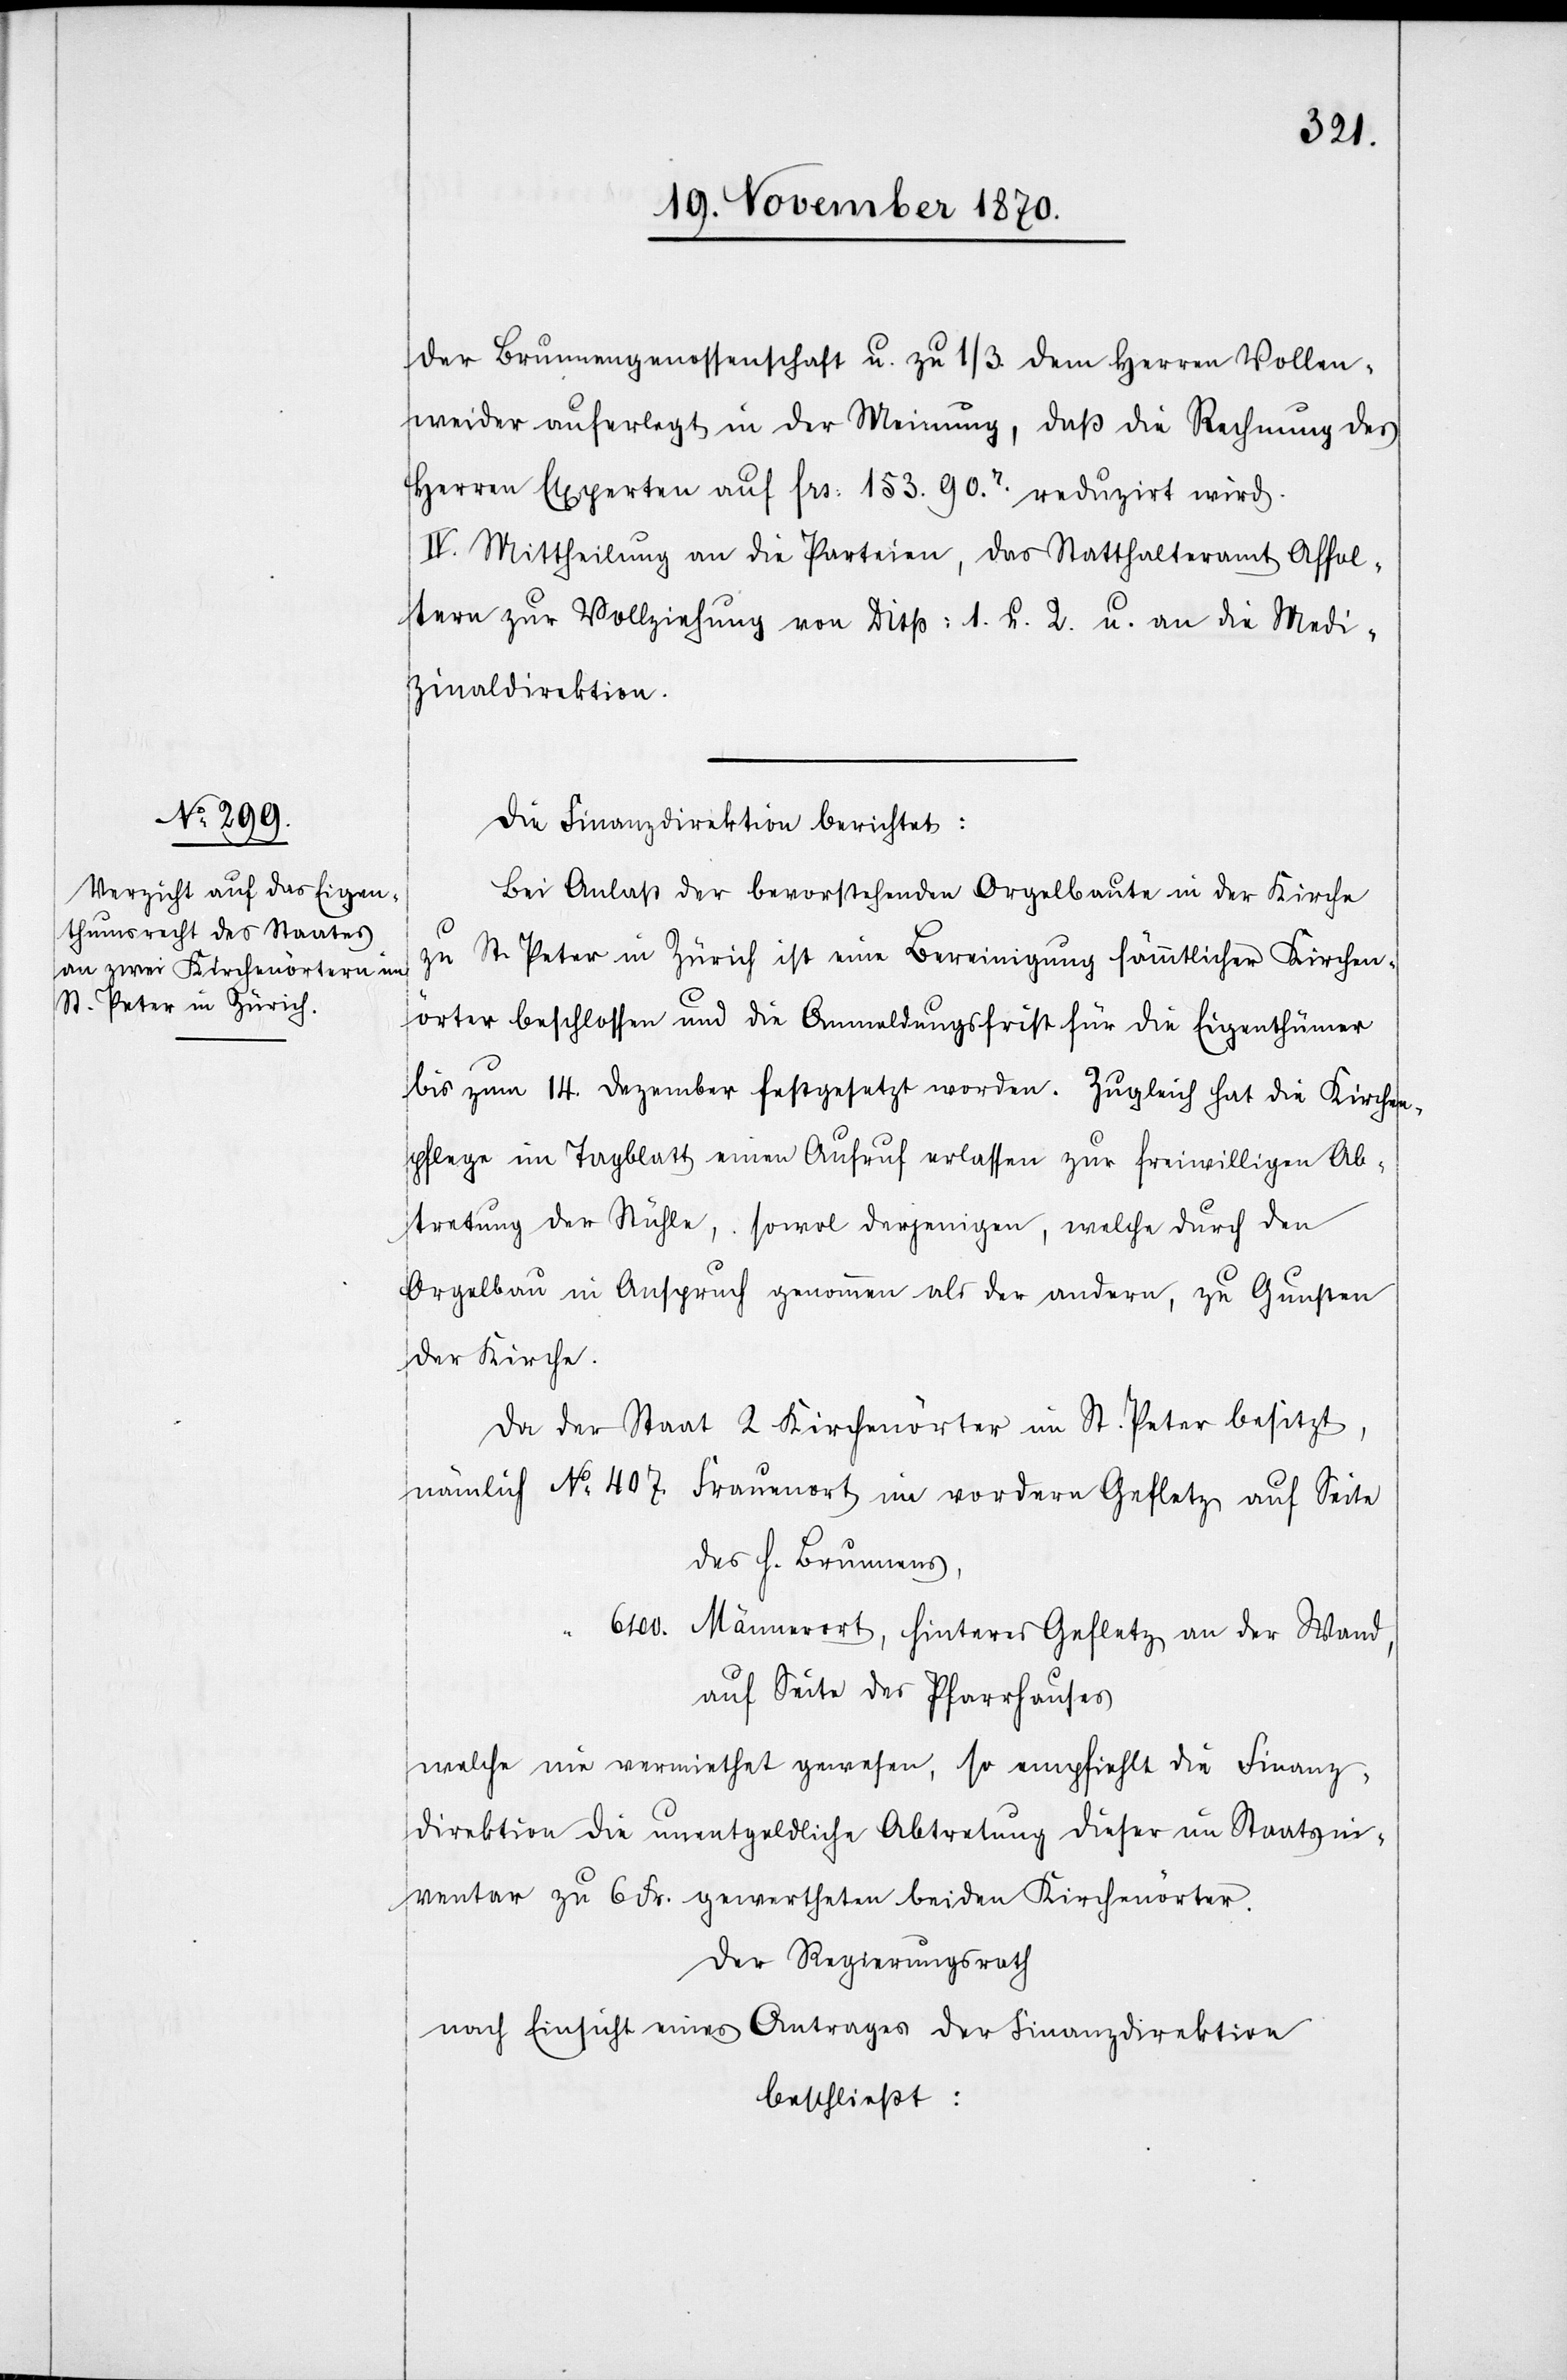
No 407.

der Brunnengenossenschaft u. zu 1/3. dem Herren Vollen¬
weider auferlegt in der Meinung, daß die Rechnung des
Herren Experten auf Frs: 153. 90R. reduzirt wird.
IV. Mittheilung an die Parteien, das Statthalteramt Affol¬
tern zur Vollziehung von Disp: 1. u. 2. u. an die Medi¬
zinaldirektion.
Die Finanzdirektion berichtet:
Bei Anlaß der bevorstehenden Orgelbaute in der Kirche
zu St. Peter in Zürich ist eine Bereinigung sämmtlicher Kirchen¬
örter beschlossen und die Anmeldungsfrist für die Eigenthümer
bis zum 14. Dezember festgesetzt worden. Zugleich hat die Kirchen¬
pflege im Tagblatt einen Aufruf erlassen zur freiwilligen Ab¬
tretung der Stühle, sowol derjenigen, welche durch den
Orgelbau in Anspruch genommen als der andern, zu Gunsten
der Kirche.
Da der Staat 2 Kirchenörter im St. Peter besitzt,
des H. Brunnens,
6100. Männerort, hinteres Gefletz an der Wand
auf Seite des Pfarrhauses
welche nie vermiethet gewesen, so empfiehlt die Finanz¬
direktion die unentgeldliche Abtretung dieser im Staatsin¬
ventar zu 6 Fr. gewertheten beiden Kirchenörter.
Der Regierungsrath
nach Einsicht eines Antrages der Finanzdirektion
beschließt: